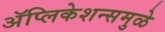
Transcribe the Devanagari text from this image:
अॅप्लिकेशन्समुळे